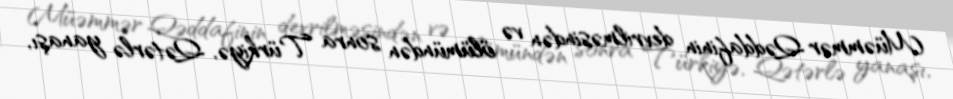
Müəmmər Qəddafinin devrilməsindən və ölümündən sonra Türkiyə, Qətərlə yanaşı,